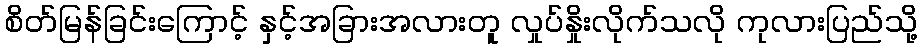
စိတ်မြန်ခြင်းကြောင့် နှင့်အခြားအလားတူ လှုပ်နှိုးလိုက်သလို ကုလားပြည်သို့